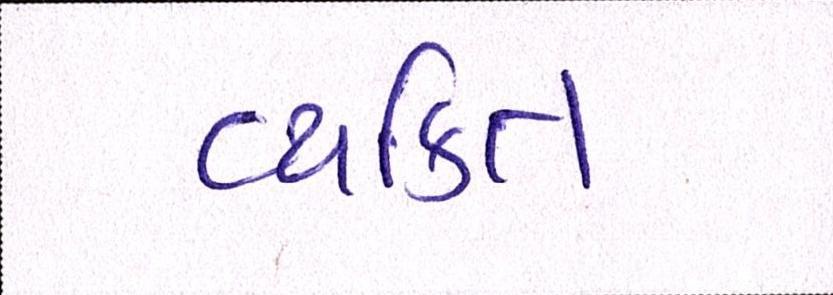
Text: વ્યક્તિ